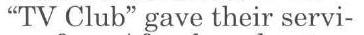
"TV Club" gave their servi-